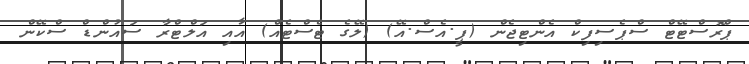
ޕްރޮސްޓޭޓް ސްޕެސިފިކް އެންޓިޖެން (ޕީ.އެސް.އޭ) (ލޭގެ ޓެސްޓެއް) އާއި އަލްޓްރާ ސައުންޑް ސްކޭން